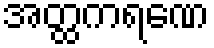
အတ္ထကရဏေ